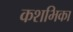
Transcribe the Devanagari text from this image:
कशभिका